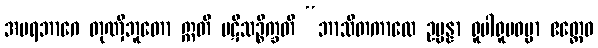
အပရဘာဂေ တုဏှီဘူတော ဣတိ ပဋိသဉ္စိက္ခတိ “ဘာသိတကာလေ ဥပ္ပန္နာ ရူပါရူပဓမ္မာ ဧတ္ထေဝ